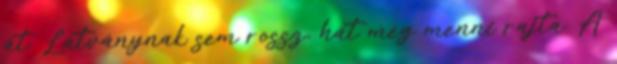
át. Látványnak sem rossz, hát még menni rajta. A